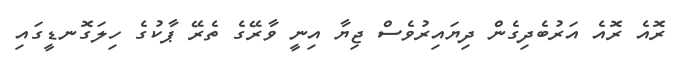
ރޮއެ ރޮއެ އަރުބެދިގެން ދިޔައިރުވެސް ޖިޔާ އިނީ ވާރޭގެ ތެރޭ ޕާކުގެ ހިލަގޮނޑީގައި